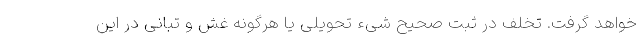
خواهد گرفت. تخلف در ثبت صحیح شیء تحویلی یا هرگونه غش و تبانی در این